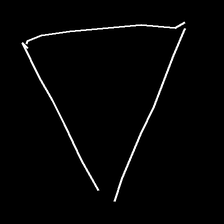
Glyph: convergence